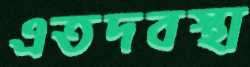
এতদবস্থা